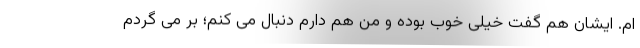
ام. ایشان هم گفت خیلی خوب بوده و من هم دارم دنبال می کنم؛ بر می گردم